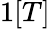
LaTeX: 1[T]